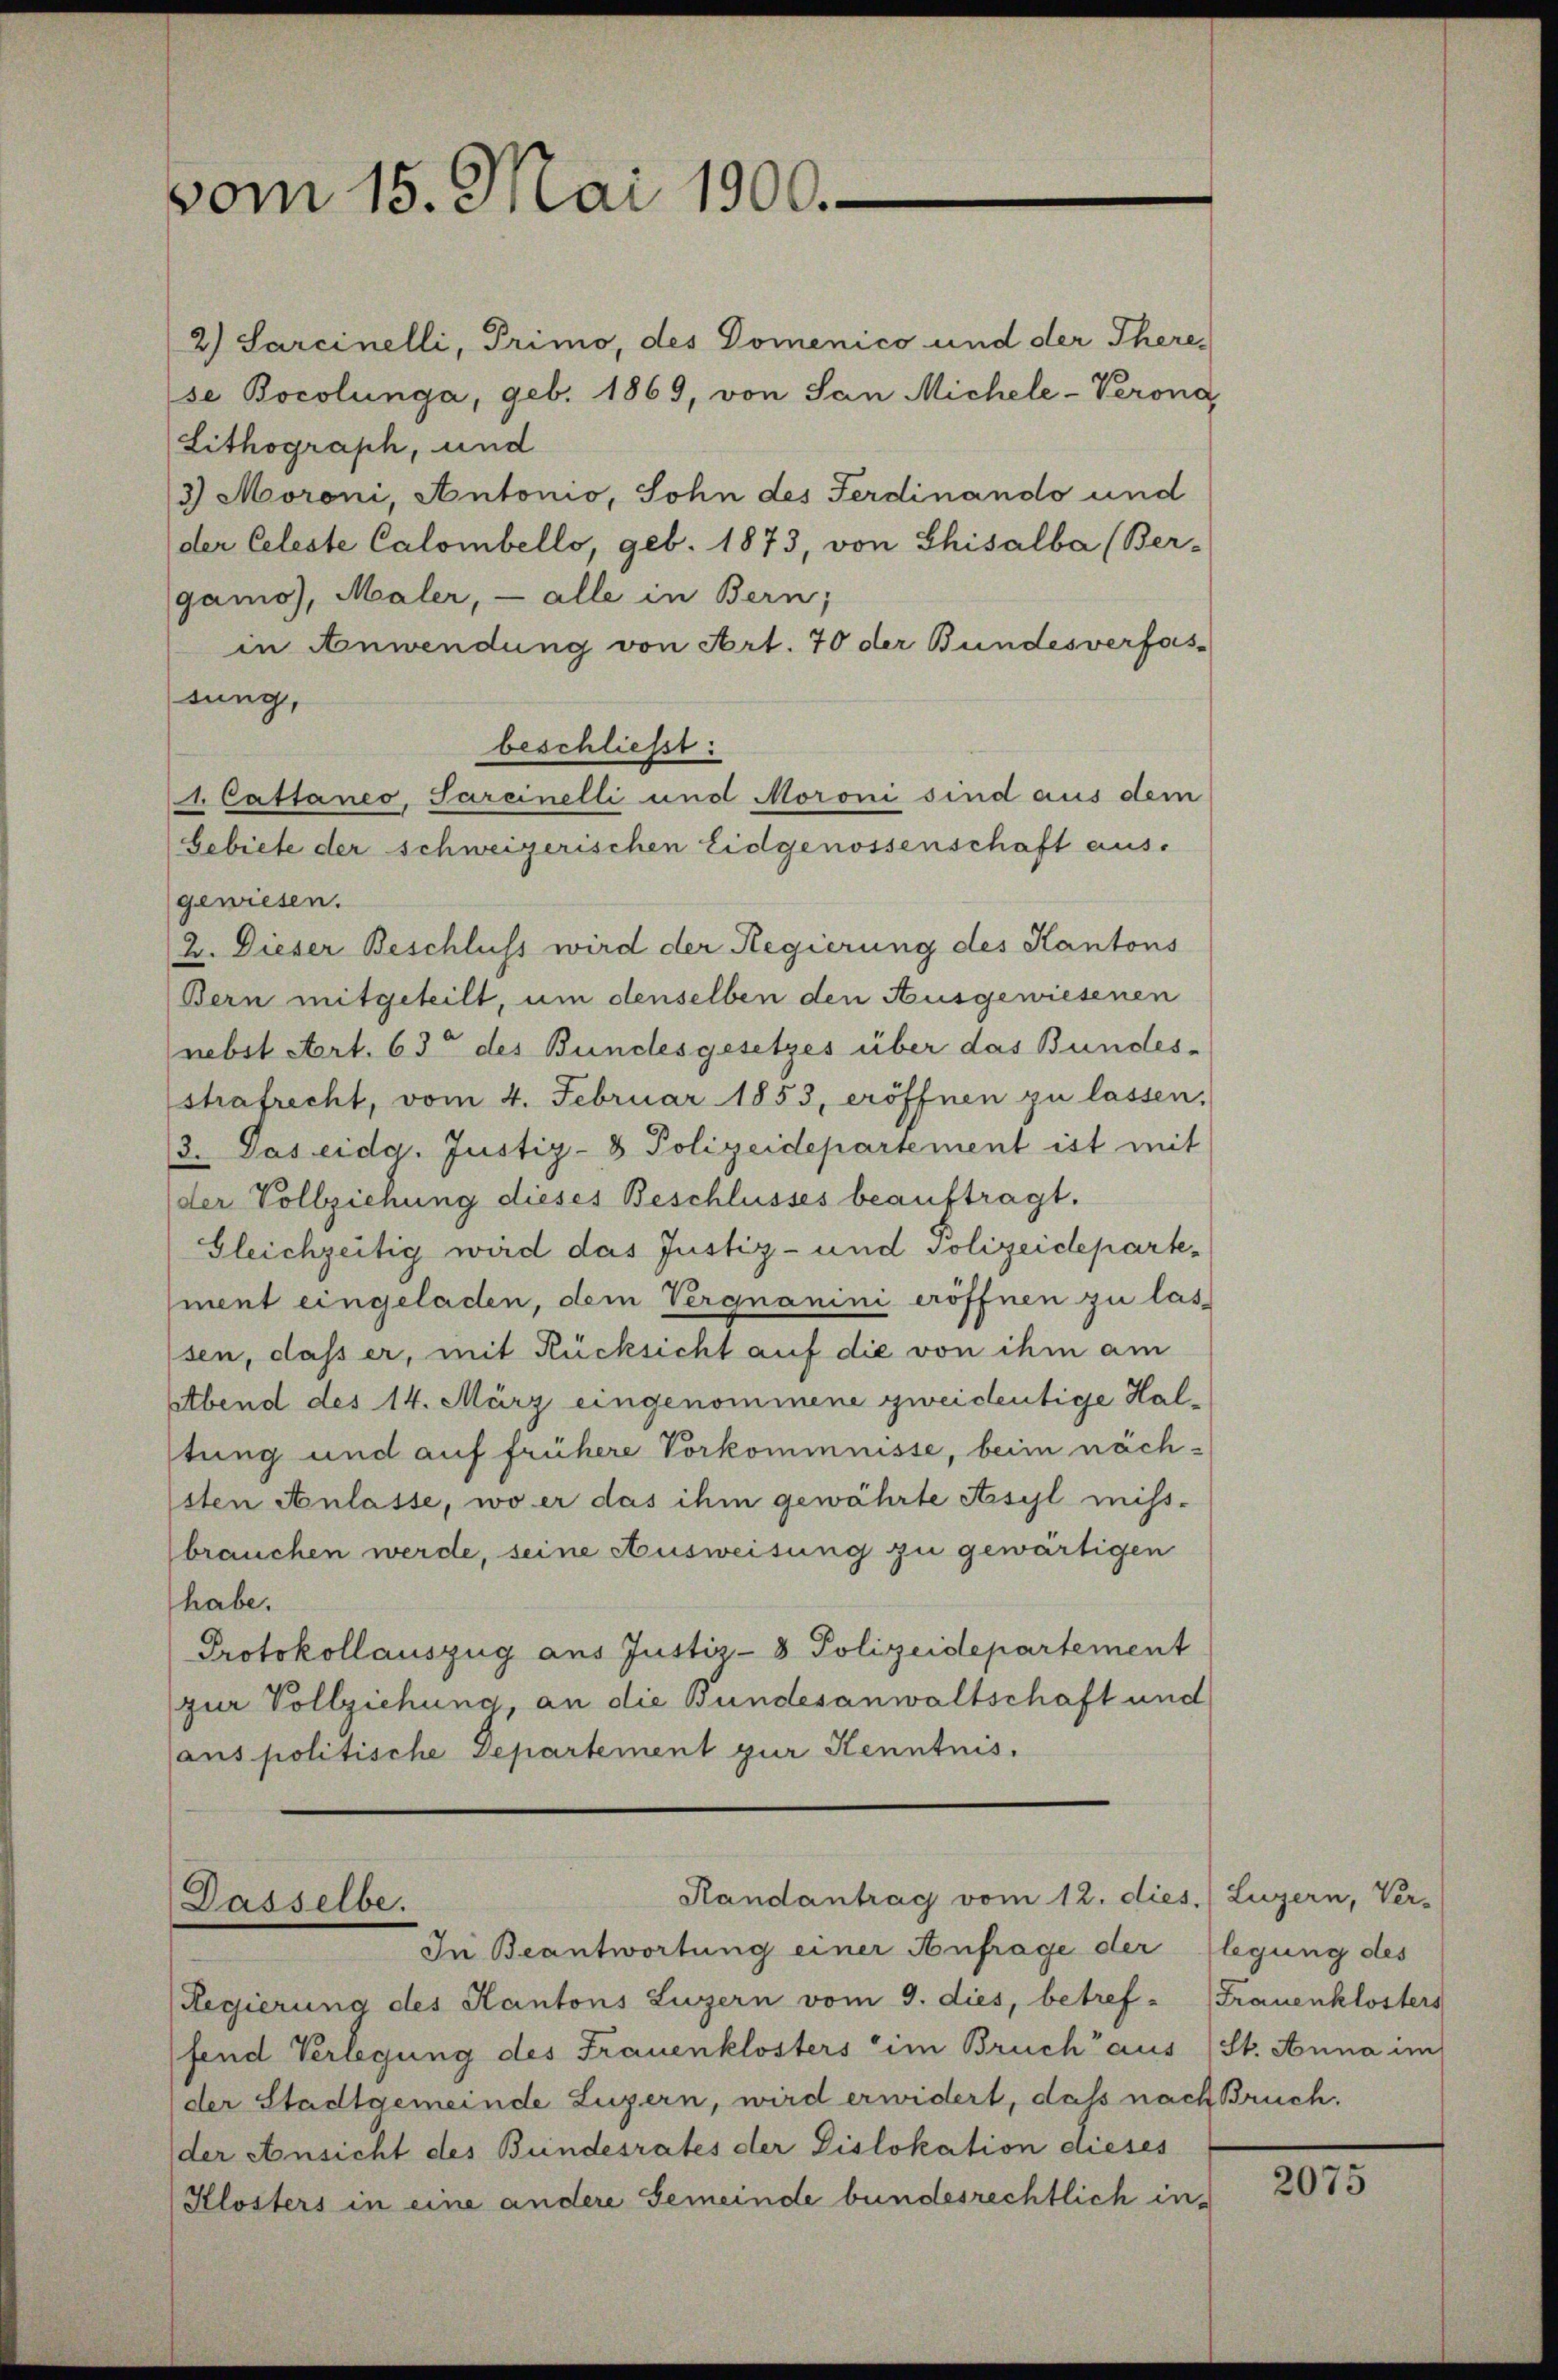
vom 15. Mai 1900.

Dasselbe.

2.) Sarcinelli, Primo, des Domenico und der There
se Bocolunga, geb. 1869, von San Michele-Verona,
Lithograph, und
3) Moroni, Antonio, Sohn des Ferdinando und
der Celeste Calombello, geb. 1873, von Chisalba (Ber-
gamo), Maler, — alle in Bern;
in Anwendung von Art. 70 der Bundesverfassung,
beschließt:
(" Cattaneo, Sareinelli und Moroni sind aus dem
Gebiete der schweizerischen Eidgenossenschaft aus.
gewiesen.
2. Dieser Beschluss wird der Regierung des Kantons
Bern mitgeteilt, um denselben den Ausgewiesenen
nebst Art. 63 des Bundesgesetzes über das Bundes-
strafrecht, vom 4. Februar 1853, eröffnen zu lassen,
3. Das eidg. Justiz- & Polizeidepartement ist mit
(der Vollziehung dieses Beschlusses beauftragt.
Gleichzeitig wird das Justiz- und Polizeidepartement eingeladen, dem Vergnanini eröffnen zu lassen, dass er, mit Rücksicht auf die von ihm am
Abend des 14. März eingenommene zweidentige Haltung und auf frühere Vorkommnisse, beim nächsten Anlasse, wo er das ihm gewährte Asyl miss-
brauchen werde, seine Ausweisung zu gewärtigen
habe.
Protokollauszug aus Justiz-8 Polizeidepartement
zur Vollziehung, an die Bundesanwaltschaft und
ans politische Departement zur Kenntnis.

Randantrag vom 12. dies. (Luzern, Ver-

In Beantwortung einer Anfrage der flegung des
Regierung des Kantons Luzern vom 9. dies, betref-
fend Verlegung des Frauenklosters im Bruch aus (St. Anna im
der Stadtgemeinde Luzern, wird erwidert, daß nach Bruch.
der Ansicht des Bundesrates der Dislokation dieses
Klosters in eine andere Gemeinde bundesrechtlich in¬

Frauenklosters

2075